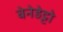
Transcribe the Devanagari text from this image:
बेनेडेट्टो